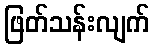
ဖြတ်သန်းလျက်